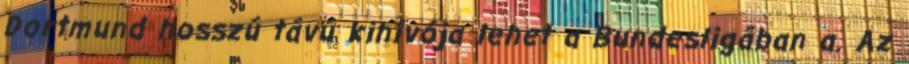
Dortmund hosszú távú kihívója lehet a Bundesligában a. Az